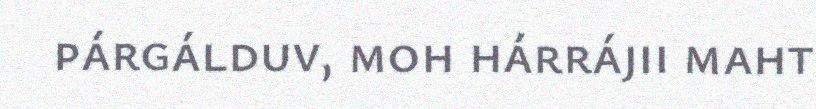
párgálduv, moh hárrájii maht